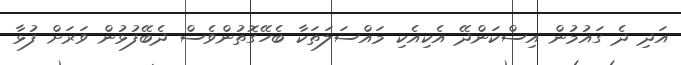
އަދި ދެ ގައުމުން އިސްކަންދޭ އެކިއެކި މައްސަލަތަކާ ބެހޭގޮތުންވެސް ދެބޭފުޅުން ވަރަށް ފުޅާ